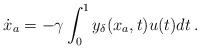
\begin{align*}\dot{{x}}_a = -\gamma \int_0^1 y_\delta({x}_a, t) u(t) dt \,.\end{align*}